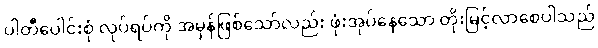
ပါတီပေါင်းစုံ လုပ်ရပ်ကို အမှန်ဖြစ်သော်လည်း ဖုံးအုပ်နေသော တိုးမြင့်လာစေပါသည်